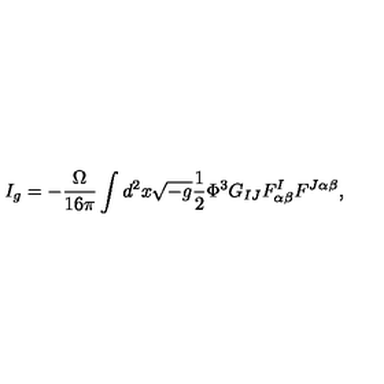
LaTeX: I _ { g } = - \frac { \Omega } { 1 6 \pi } \int d ^ { 2 } x \sqrt { - g } \frac { 1 } { 2 } \Phi ^ { 3 } G _ { I J } F _ { \alpha \beta } ^ { I } F ^ { J \alpha \beta } ,